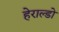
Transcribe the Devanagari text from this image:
हेराल्डो